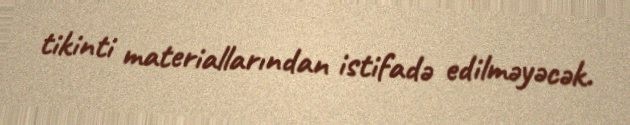
tikinti materiallarından istifadə edilməyəcək.